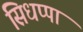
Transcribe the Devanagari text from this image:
सिधप्पा